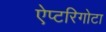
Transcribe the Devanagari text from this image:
ऐप्टरिगोटा